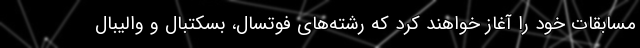
مسابقات خود را آغاز خواهند کرد که رشته‌های‌ فوتسال، بسکتبال و والیبال